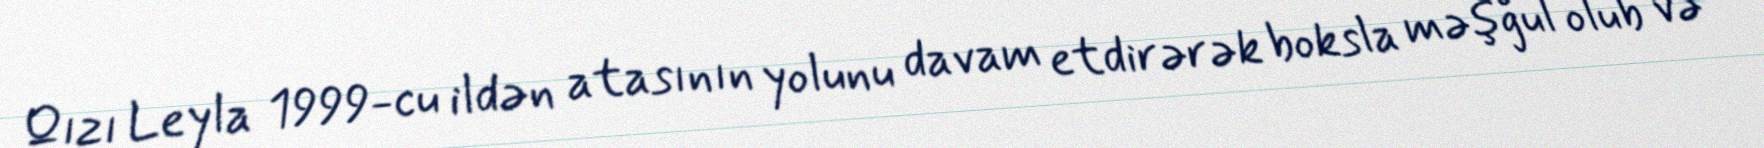
Qızı Leyla 1999-cu ildən atasının yolunu davam etdirərək boksla məşğul olub və